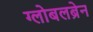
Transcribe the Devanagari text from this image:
ग्लोबलब्रेन